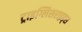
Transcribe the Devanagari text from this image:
ट्राइग्लिसराइड्स